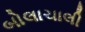
બોલાચાલી